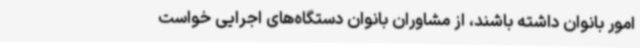
امور بانوان داشته باشند، از مشاوران بانوان دستگاه‌های اجرایی خواست